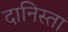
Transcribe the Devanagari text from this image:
दानिस्ता